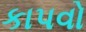
કાપવો